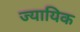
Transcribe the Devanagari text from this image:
ज्यायिक